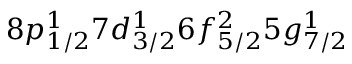
8 p _ { 1 / 2 } ^ { 1 } 7 d _ { 3 / 2 } ^ { 1 } 6 f _ { 5 / 2 } ^ { 2 } 5 g _ { 7 / 2 } ^ { 1 }